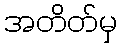
အတိတ်မှ